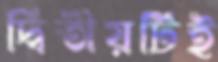
দ্বিতীয়টিই